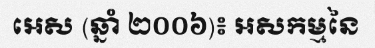
អេស (ឆ្នាំ ២០០៦)៖ អសកម្មនៃ